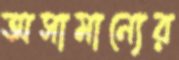
অসামান্যের